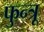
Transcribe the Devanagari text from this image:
फुन्त्रू